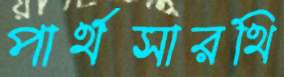
পার্থসারথি